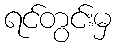
ရင်တွင်းမှ